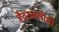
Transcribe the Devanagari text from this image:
हैदरअलीशी